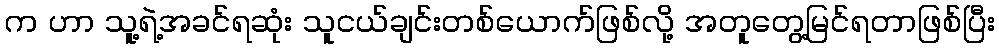
က ဟာ သူ့ရဲ့အခင်ရဆုံး သူငယ်ချင်းတစ်ယောက်ဖြစ်လို့ အတူတွေ့မြင်ရတာဖြစ်ပြီး